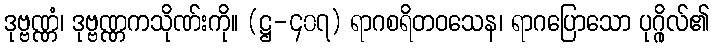
ဒုဗ္ဗဏ္ဏံ၊ ဒုဗ္ဗဏ္ဏကသိုဏ်းကို။ (ဋ္ဌ-၄၀၇) ရာဂစရိတဝသေန၊ ရာဂပြောသော ပုဂ္ဂိုလ်၏